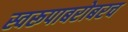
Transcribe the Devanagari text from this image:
स्वरूपाबरोबरच